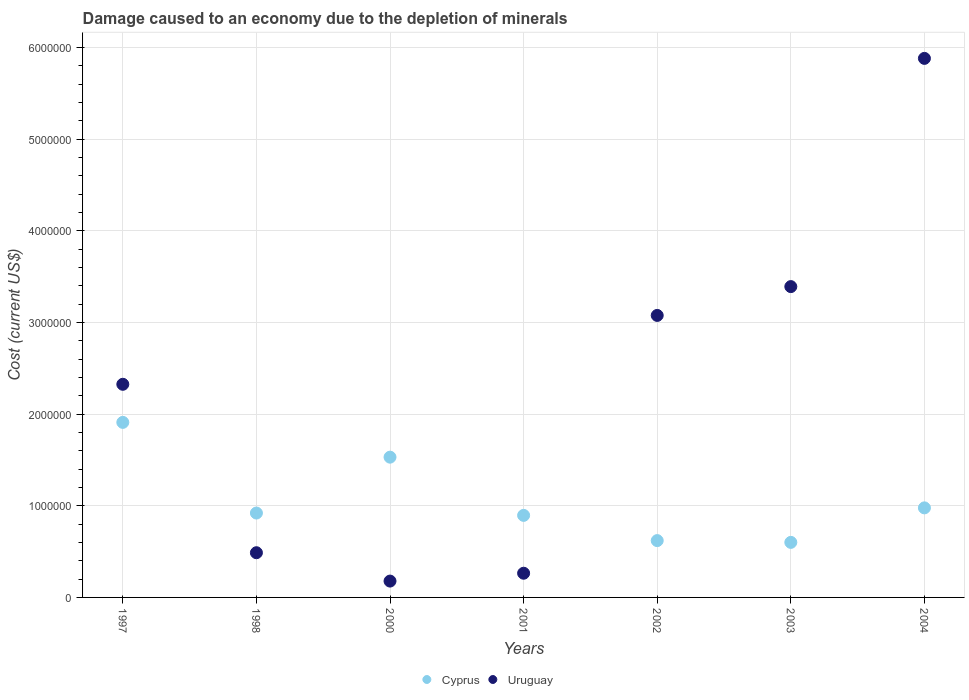
| Years | Cyprus | Uruguay |
 | --- | --- | --- |
 | 1997 | 1.91e+06 | 2.33e+06 |
 | 1998 | 9.21e+05 | 4.88e+05 |
 | 2000 | 1.53e+06 | 1.78e+05 |
 | 2001 | 8.95e+05 | 2.64e+05 |
 | 2002 | 6.2e+05 | 3.08e+06 |
 | 2003 | 6.01e+05 | 3.39e+06 |
 | 2004 | 9.77e+05 | 5.88e+06 |